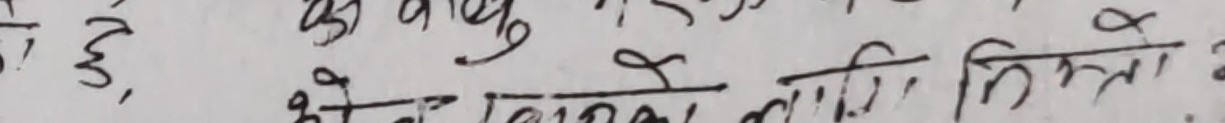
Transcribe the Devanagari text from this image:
छे, कु चबुमा यसलाई न मिल्यो अ
ओजनकाशालाई मिलोले?